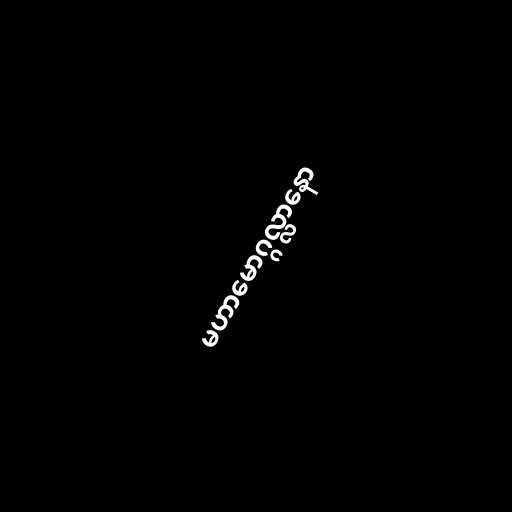
မဟာမောဂ္ဂလ္လာနော